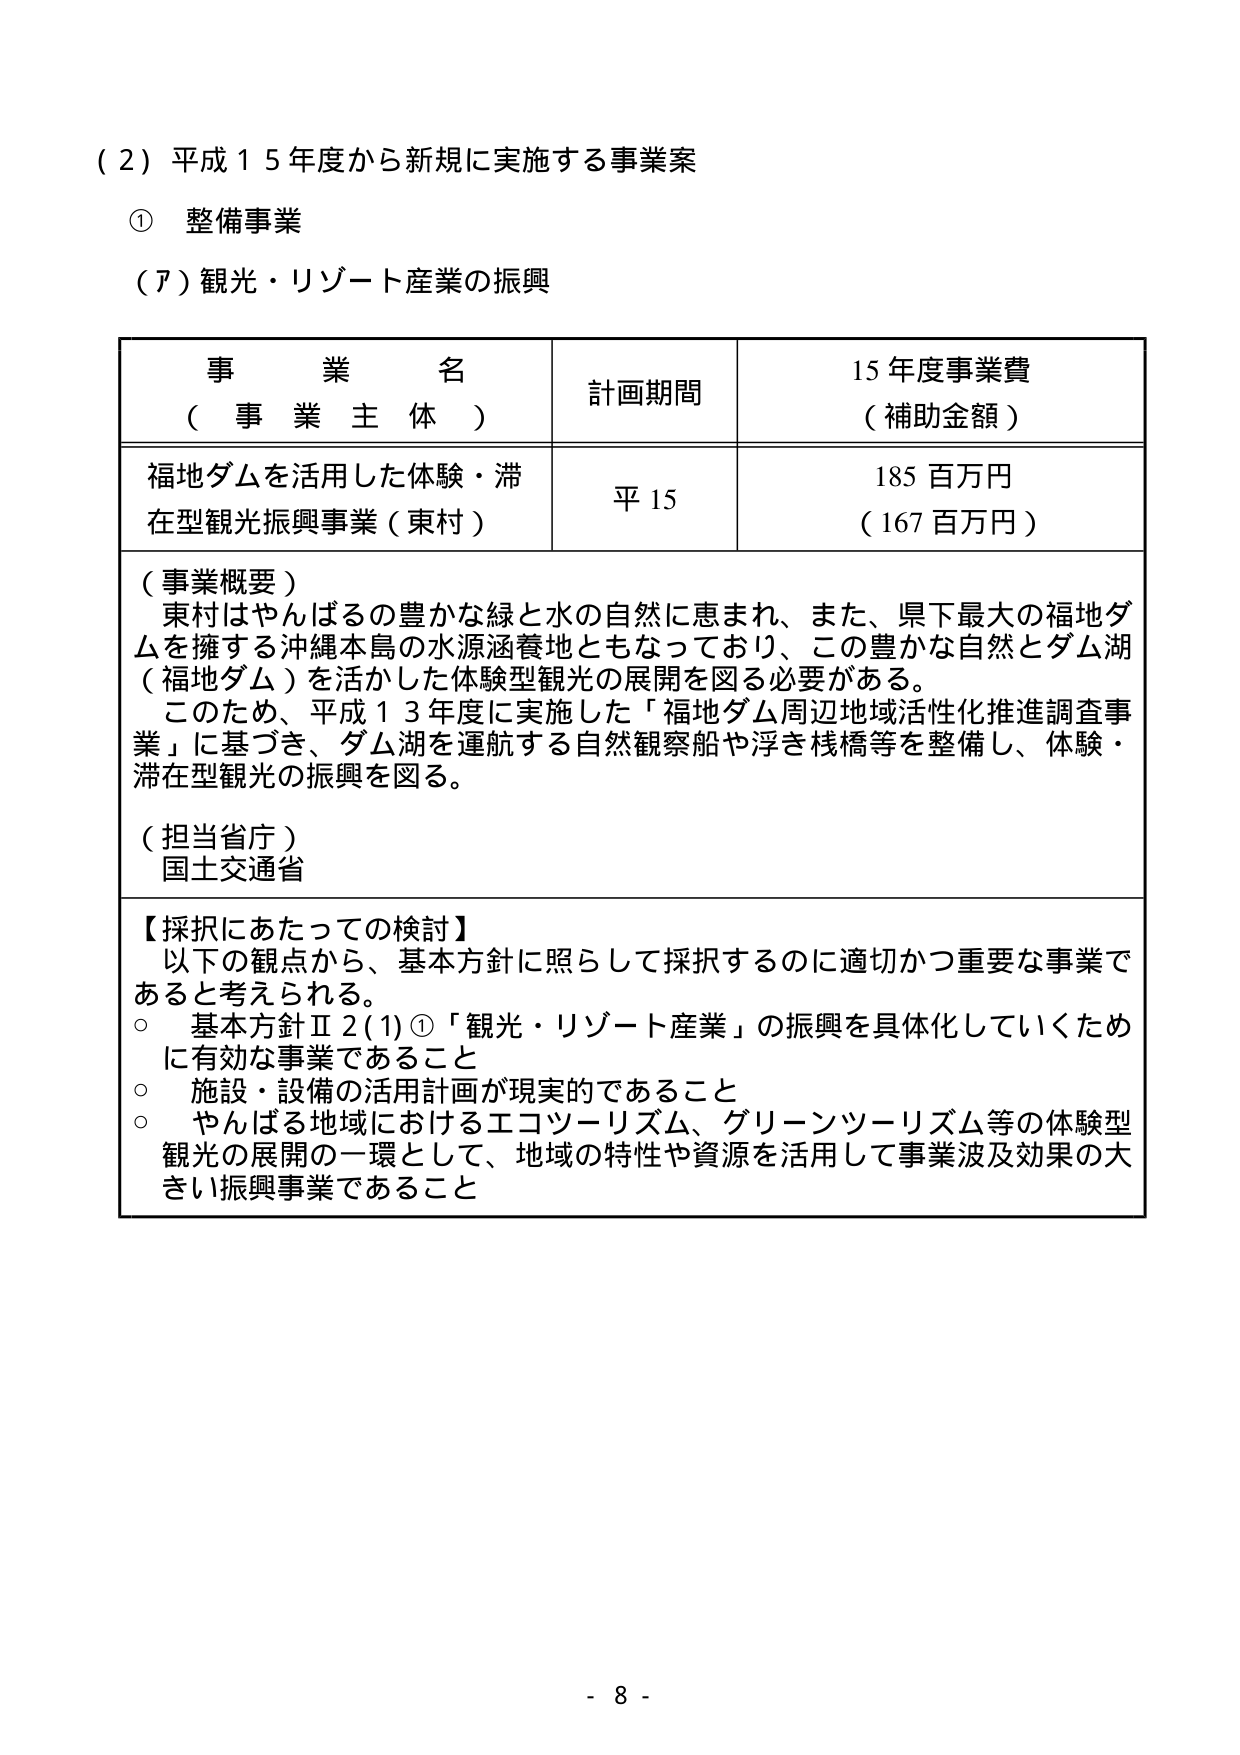
（２）平成１５年度から新規に実施する事業案
① 整備事業
（ア）観光・リゾート産業の振興

| 事業名（事業主体） | 計画期間 | 15年度事業費（補助金額） |
|------------------|----------|--------------------------|
| 福地ダムを活用した体験・滞在型観光振興事業（東村） | 平15 | 185百万円（167百万円） |

（事業概要）
東村はやんばるの豊かな緑と水の自然に恵まれ、また、県下最大の福地ダムを擁する沖縄本島の水源涵養地ともなっており、この豊かな自然とダム湖（福地ダム）を活かした体験型観光の展開を図る必要がある。
このため、平成13年度に実施した「福地ダム周辺地域活性化推進調査事業」に基づき、ダム湖を運航する自然観察船や浮き桟橋等を整備し、体験・滞在型観光の振興を図る。

（担当省庁）
国土交通省

【採択にあたっての検討】
以下の観点から、基本方針に照らして採択するのに適切かつ重要な事業であると考えられる。
○ 基本方針Ⅱ2(1)①「観光・リゾート産業」の振興を具体化していくために有効な事業であること
○ 施設・設備の活用計画が現実的であること
○ やんばる地域におけるエコツーリズム、グリーンツーリズム等の体験型観光の展開の一環として、地域の特性や資源を活用して事業波及効果の大きい振興事業であること

- 8 -